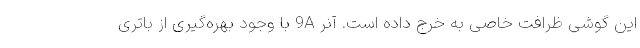
این گوشی ظرافت خاصی به خرج داده است. آنر 9A با وجود بهره‌گیری از باتری